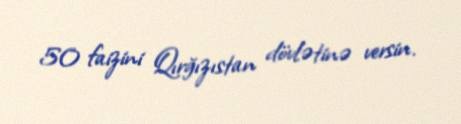
50 faizini Qırğızıstan dövlətinə versin.